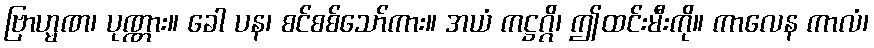
ဗြာဟ္မဏ၊ ပုဏ္ဏား။ ခေါ ပန၊ စင်စစ်သော်ကား။ အယံ ကဋ္ဌဂ္ဂိ၊ ဤထင်းမီးကို။ ကာလေန ကာလံ၊